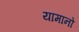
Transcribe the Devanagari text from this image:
यामानो